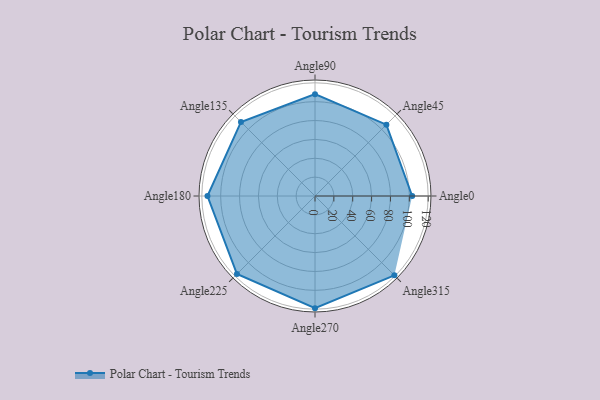
{"axis": {"x": "Angle", "y": "Radius"}, "legend": [""], "data": [{"x": "Angle0", "y": 103.0, "type": ""}, {"x": "Angle45", "y": 107.0, "type": ""}, {"x": "Angle90", "y": 108.0, "type": ""}, {"x": "Angle135", "y": 111.0, "type": ""}, {"x": "Angle180", "y": 114.0, "type": ""}, {"x": "Angle225", "y": 117.0, "type": ""}, {"x": "Angle270", "y": 119.0, "type": ""}, {"x": "Angle315", "y": 119.0, "type": ""}]}